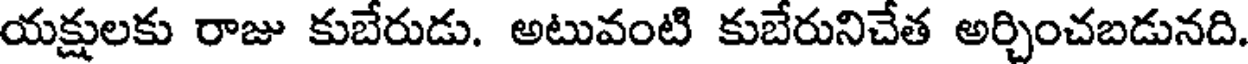
యక్షులకు రాజు కుబేరుడు. అటువంటి కుబేరునిచేత అర్చించబడునది.